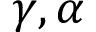
\gamma , \alpha